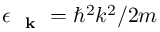
\epsilon _ { \mathrm { ~ \bf ~ k ~ } } = \hbar ^ { 2 } k ^ { 2 } / 2 m